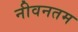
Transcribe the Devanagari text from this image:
नीवनतम